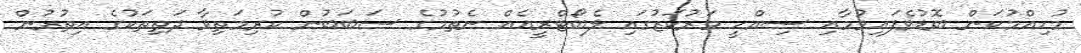
މުހިއްމުކަން ބޮޑުވެފައިވުމާއި ސިއްހީ މަރުކަޒުގައި ލެބޯޓްރީއެއް ނެތުމުގެ ސަބަބުން ކުރިމަތިވާ ދަތިތަކުގެ އިތުރުން